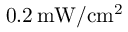
0 . 2 \, \mathrm { { m W } / \mathrm { { c m } ^ { 2 } } }